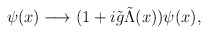
\begin{align*}\psi(x) \longrightarrow (1 + i{\tilde g} {\tilde \Lambda}(x)) \psi(x),\end{align*}